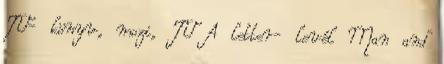
TV- könyv, mozi, TV A letter- levél Man and